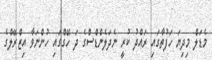
މެޑަލް މިދިޔަ ހަފުތާގައި ރައްދު ކުރީ ނެދަލެންޑްސްގެ ދަ ހޭގްގައި ހުންނަވާ އިޒްރޭލްގެ